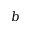
b